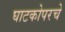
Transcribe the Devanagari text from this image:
घाटकोपरचे